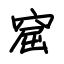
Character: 窟